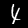
Label: 4